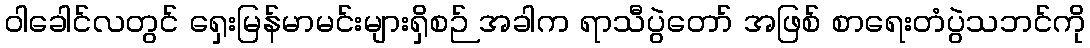
ဝါခေါင်လတွင် ရှေးမြန်မာမင်းများရှိစဉ် အခါက ရာသီပွဲတော် အဖြစ် စာရေးတံပွဲသဘင်ကို